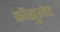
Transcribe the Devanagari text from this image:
कौसुलेट